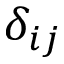
\delta _ { i j }